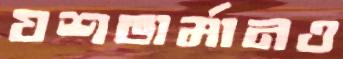
যশভার্মানও